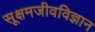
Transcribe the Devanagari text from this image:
सूक्षमजीवविज्ञान